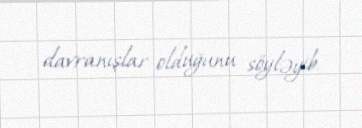
davranışlar olduğunu söyləyib.